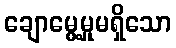
ချောမွေ့မှုမရှိသော